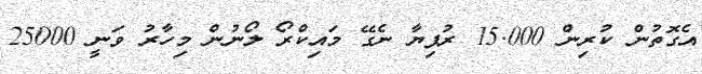
އެގޮތުން ކުރިން 15.000 ރުފިޔާ ނެގޭ މައިކްރޯ ލޯނުން މިހާރު ވަނީ 25000